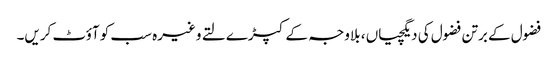
فضول کے برتن فضول کی دیگچیاں ، بلاوجہ کے کپڑے لتے وغیرہ سب کو آؤٹ کریں۔